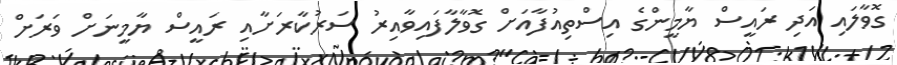
ގޮވާލައި އަދި ރައީސް ޔާމީންގެ އިސްތިއުފާއަށް ގޮވާލާފައިވާއިރު ސަރުކާރަށާއި ރައީސް ޔާމީނަށް ވަރަށް